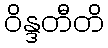
ဝိန္ဒတီတိ